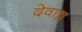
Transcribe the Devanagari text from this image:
देवान्न